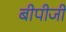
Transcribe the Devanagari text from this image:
बीपीजी